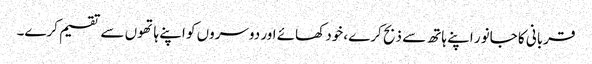
قربانی کا جانور اپنے ہاتھ سے ذبح کرے ،خود کھائے اور دوسروں کو اپنے ہاتھوں سے تقسیم کرے۔